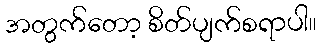
အတွက်တော့ စိတ်ပျက်စရာပါ။